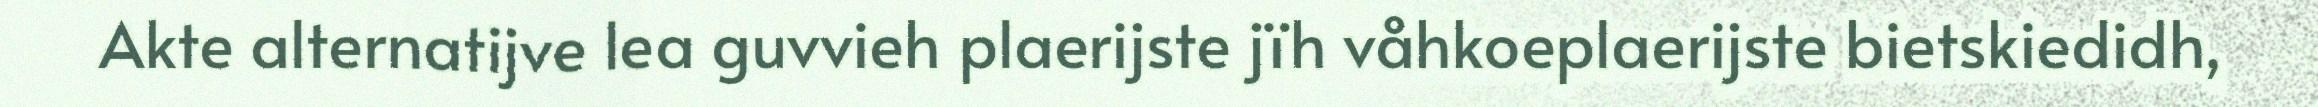
Akte alternatijve lea guvvieh plaerijste jïh våhkoeplaerijste bietskiedidh,